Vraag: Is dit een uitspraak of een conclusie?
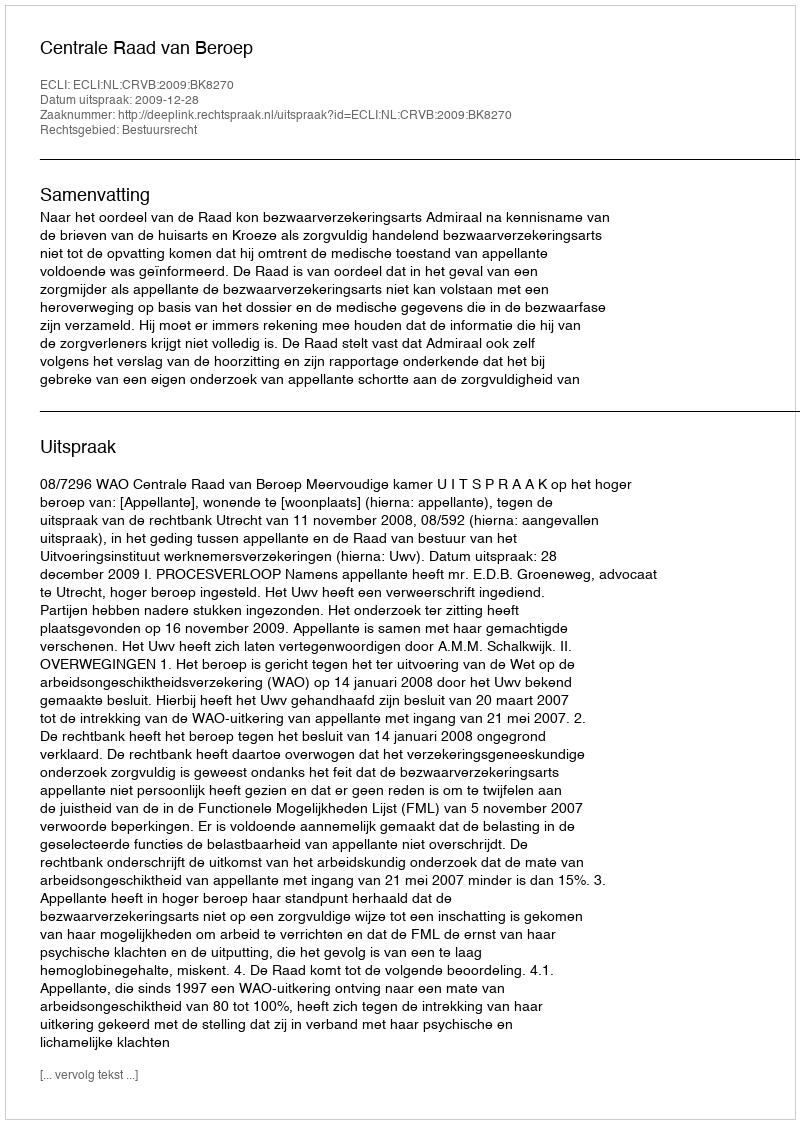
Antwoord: Uitspraak